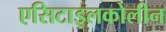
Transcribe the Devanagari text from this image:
एसिटाइलकोलीन